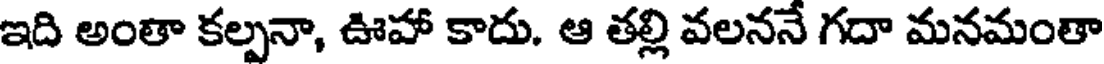
ఇది అంతా కల్పనా, ఊహా కాదు. ఆ తల్లి వలననే గదా మనమంతా